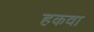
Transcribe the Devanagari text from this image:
हकवा